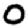
Digit: 0